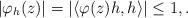
LaTeX: \begin{align*}|\varphi_h(z)|=|\langle\varphi(z)h,h\rangle|\leq1,.\end{align*}